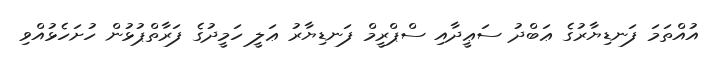
އުއްތަމަ ފަނޑިޔާރުގެ ޢަބްދު ސަޢީދާއި ސްޕްރީމް ފަނޑިޔާރު ޢަލީ ހަމީދުގެ ފަރާތްޕުޅުން ހުށަހެޅުއްވި